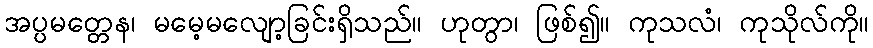
အပ္ပမတ္တေန၊ မမေ့မလျော့ခြင်းရှိသည်။ ဟုတွာ၊ ဖြစ်၍။ ကုသလံ၊ ကုသိုလ်ကို။